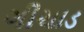
ગીચાડ